Vaccination United Provinces of Agra and Oudh 1902-1913 - 1902-1913
Year: 1902
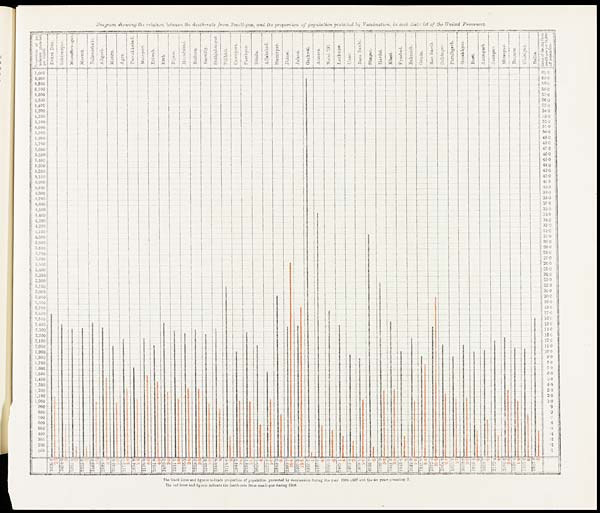
Diagram showing the relation between the death-rate from Small-pox, and the proportion of population protected by Vaccination, in each district of the United Provinces.
The black lines and figures indicate proportion of population protected by vaccination during the year 1906-1907 and the six years preceding it.
The red lines and figures indicate the death-rate from small-pox during 1906.